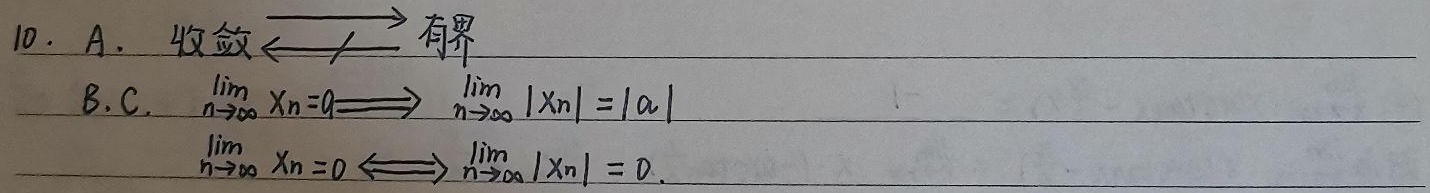
A. 收敛 $\nLeftarrow\Rightarrow$ 有界

B.

C. $\lim\limits_{n \to \infty}x_{n}=a\Longrightarrow\lim\limits_{n \to \infty}|x_{n}| = |a|$

$\lim\limits_{n \to \infty}x_{n}=0\Longleftrightarrow\lim\limits_{n \to \infty}|x_{n}| = 0$